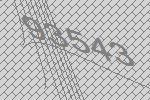
93543